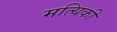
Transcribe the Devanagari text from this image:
मत्यिकी